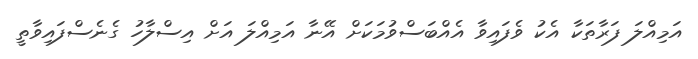
އަމިއްލަ ފަރާތަކާ އެކު ވެފައިވާ އެއްބަސްވުމަކަށް އޭނާ އަމިއްލަ އަށް އިސްލާހު ގެނެސްފައިވާތީ